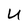
Character: U